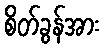
စိတ်ခွန်အား